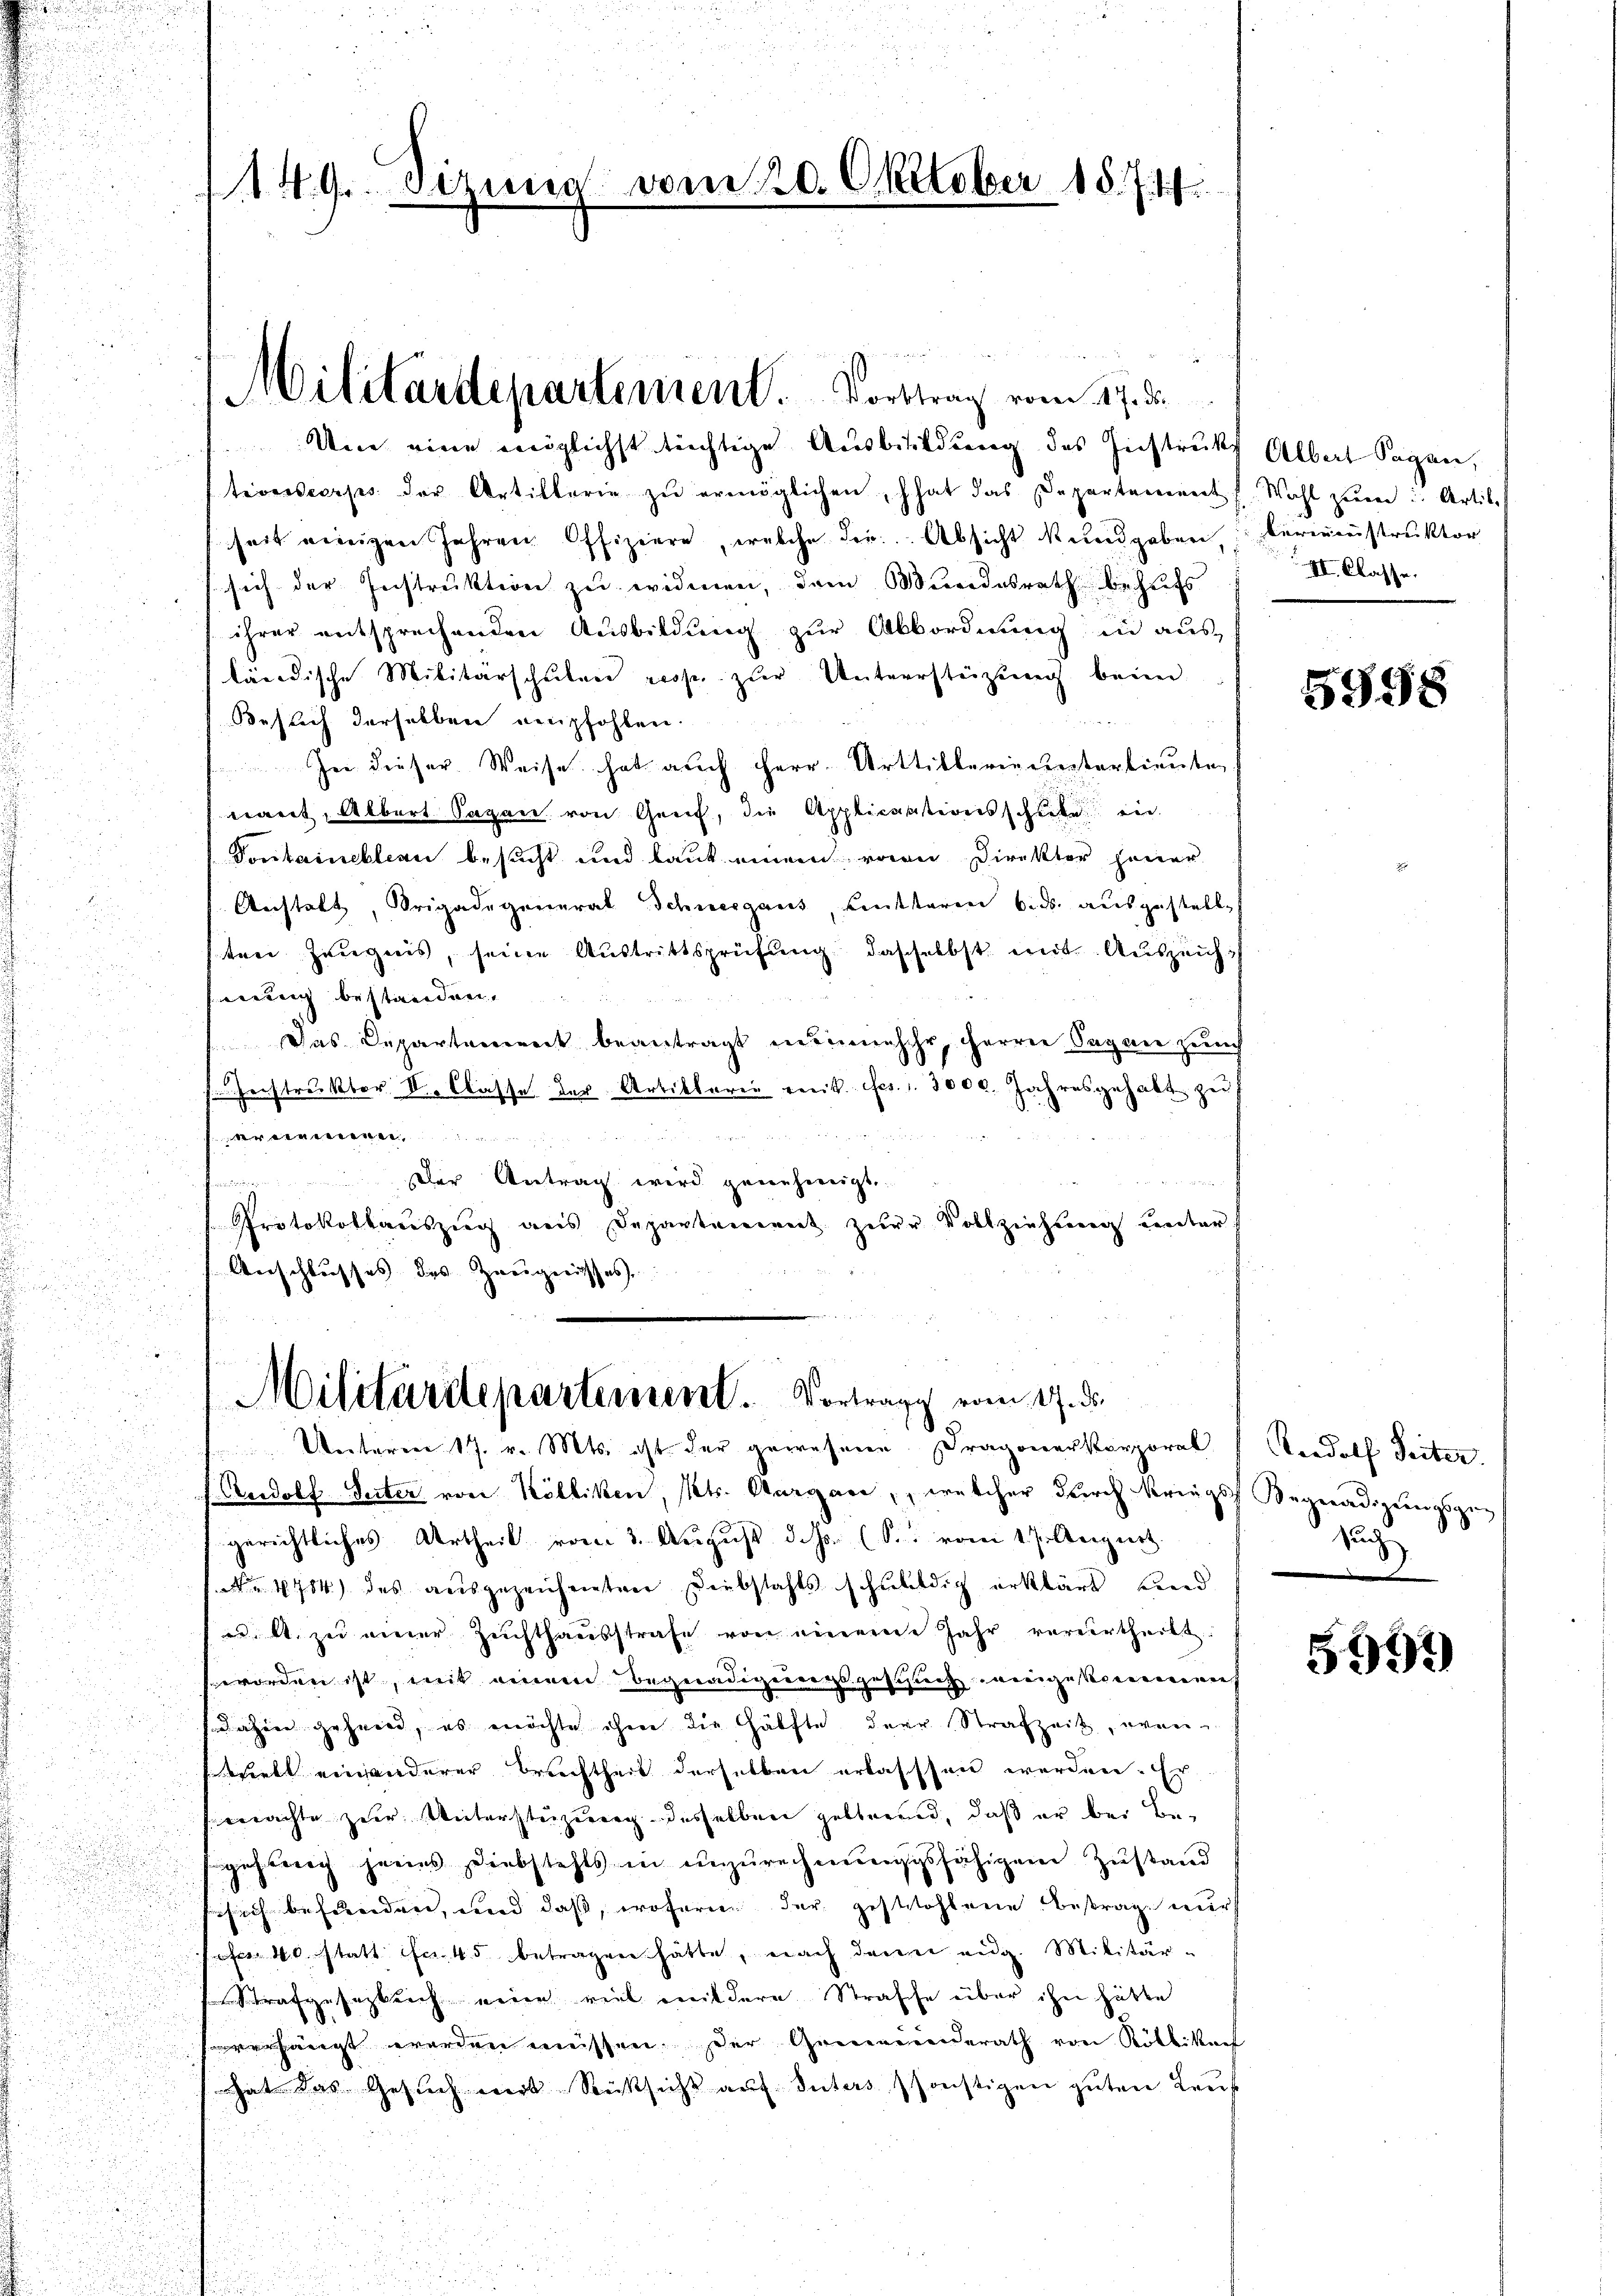
1149. Sezung vom 20. Oktober 1871

Um eine möglichst tüchtige Ausbildung des Instrukt Albert Sagen,
tiverscorps der Artillerie zŭ ermöglichen, hat das Departement f. Wahl zŭm u. Artil.
seit einigen Jahren Offiziere, welche der Absicht kundgeben, bereinstruktor
sich der Instruktion zu widmen, dem Mundesrath behufs
ihrer entsprechenden Ausbildung zur Abbordnung in aus-
ländische Militärschulen große zur Unterstüzung beim
Besuch derselben empfohlen.
Ie dieser Weise hat auch Herr Arttiblerie unterlieute
nant, Albert Sagen von Genf, die Applicationsschicke ein
Vontaineblern besucht und laut einem von Direktor jener
Anstalt, Srigadegeneral Schneegaus, Litteren 6. ds. ausgestelle
ten Zeugnis, seine Austrittsprüfŭng dasselbst mit Auszeichsung bestreiden.
Das Departement beantragt nunmehr, Herrn Sagan zun
s Instruktor II. Classe der Artiklarii eint. fes. 1. 3000. Jahresgehabt zu
d
x
Der Antrag wird genehmigt.
Protokollauszug aus Departement zŭr Vollziehung unter
Anschlusses des Zweignisses.

Militärdepartement. Vortrag vom 17. di

Militärite partement. Vortrage vom 17. d.
.
Unterm 17. v. Mts. ist der gewesene Dragonerkorporal Rudolf Seiter.

i
u
.

Radolf Seiter von Kölliken, Kts. Aargau, welcher durch Kriegs Begnadigungsge¬

gerichtliches Urtheil vom 3. August d. Js. (S. vom 17. August.
i
1 No 4784) des ausgezeichneten Diebstahls schuldig erklärt und
u l. zu einer Zeichthausstrafe von einem Jahr verurtheilt
worden ist, mit einen Begnadigungsgesuch eingekommen
Jahen geheint, es möchte ihm die Hälfte der Strafzeit, wen
wirbt einanderer Brechtheit derselben erlasssen werden. Er
machte zur Unterstüzung desselben gebbarend, daß er bei Begehung jenes Diebstahls in unzurechnungsfähigem Zustand
ssich befunden, und daß, woferne der gestohlene Bestrag nur
sofer 40 statt Fr. 45 betragen hätte, nach denn eig. Militär¬
Strafgesegklich nein viel mildern Straffe über ihn hätte
vverhängt werden müssen. Der Gemeinderath von Röllikers
hat das Gesuch mit Rücksicht auf Inters sonstigen guten Lauf

II. Classe.

5998

zu

5991